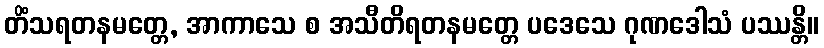
တိံသရတနမတ္တေ, အာကာသေ စ အသီတိရတနမတ္တေ ပဒေသေ ဂုဏဒေါသံ ပဿန္တိ။